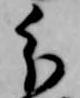
分